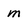
Character: m